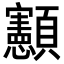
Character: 𮨥